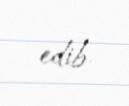
edib.